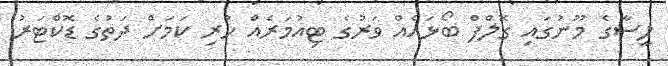
ލީސާގެ މޫނުގައި ގޮލްފް ބޯޅައެއް ވަރުގެ ޓިއުމަރެއް ހުރި ކަމަށް ދަތުގެ ޑޮކްޓަރު